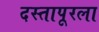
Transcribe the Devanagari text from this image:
दस्तापूरला